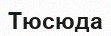
Тюсюда